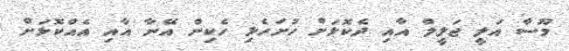
މޫސާ އަލީ ޖަލީލް އާއި ދެކޮޅަށް ހުށަހެޅި ހެކިން އޭނާ އާއި އެއްކޮޅަށް